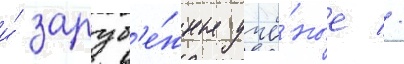
и́ заруб'е́жные учё́ные //